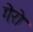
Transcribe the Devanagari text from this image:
गेरो